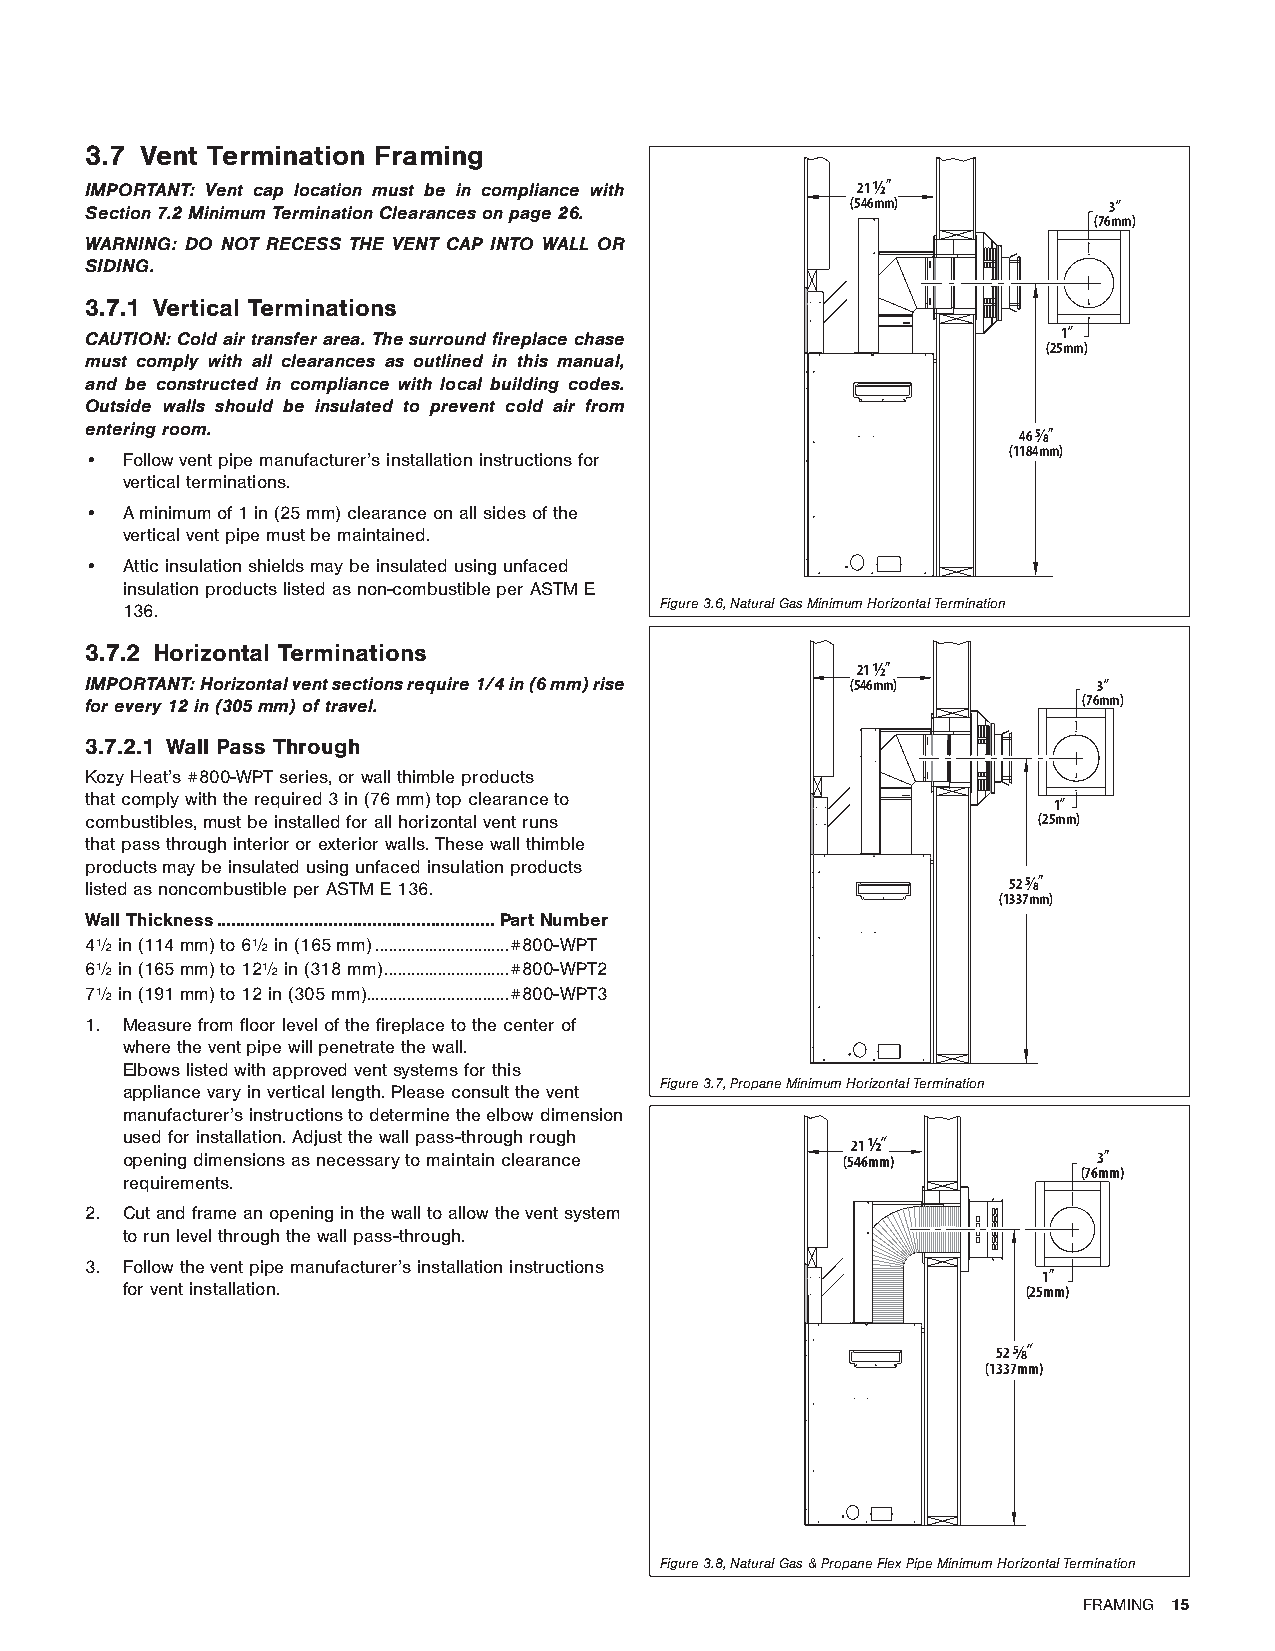
3.7 Vent Termination Framing
 IMPORTANT: Vent cap location must be in compliance with 21 ½”
 Section 7.2 Minimum Termination Clearances on page 26.
 (546mm)          3”
 (76mm)
 WARNING: DO NOT RECESS THE VENT CAP INTO WALL OR
 SIDING.
 3.7.1 Vertical Terminations
 CAUTION: Cold air transfer area. The surround fireplace chase   1”
 (25mm)
 must comply with all clearances as outlined in this manual,
 and be constructed in compliance with local building codes.
 Outside walls should be insulated to prevent cold air from
 entering room.                                               46 5⁄8”
 (1184mm)
 • Follow vent pipe manufacturer’s installation instructions for
 vertical terminations.
 • A minimum of 1 in (25 mm) clearance on all sides of the
 vertical vent pipe must be maintained.
 • Attic insulation shields may be insulated using unfaced
 insulation products listed as non-combustible per ASTM E
 136.                                Figure 3.6, Natural Gas Minimum Horizontal Termination
 3.7.2 Horizontal Terminations
 21 ½”
 IMPORTANT: Horizontal vent sections require 1/4 in (6 mm) rise (546mm) 3”
 for every 12 in (305 mm) of travel.                               (76mm)
 3.7.2.1 Wall Pass Through
 Kozy Heat’s #800-WPT series, or wall thimble products
 that comply with the required 3 in (76 mm) top clearance to     1”
 combustibles, must be installed for all horizontal vent runs   (25mm)
 that pass through interior or exterior walls. These wall thimble
 products may be insulated using unfaced insulation products
 listed as noncombustible per ASTM E 136.                     52 5⁄8”
 (1337mm)
 Wall Thickness .........................................................Part Number
 4½ in (114 mm) to 6½ in (165 mm) ..............................#800-WPT
 6½ in (165 mm) to 12½ in (318 mm) ............................#800-WPT2
 7½ in (191 mm) to 12 in (305 mm) ................................#800-WPT3
 1. Measure from floor level of the fireplace to the center of
 where the vent pipe will penetrate the wall.
 Elbows listed with approved vent systems for this
 Figure 3.7, Propane Minimum Horizontal Termination
 appliance vary in vertical length. Please consult the vent
 manufacturer’s instructions to determine the elbow dimension
 used for installation. Adjust the wall pass-through rough 21 ½”
 opening dimensions as necessary to maintain clearance (546mm)    3”
 (76mm)
 requirements.
 2. Cut and frame an opening in the wall to allow the vent system
 to run level through the wall pass-through.
 3. Follow the vent pipe manufacturer’s installation instructions
 1”
 for vent installation.                                      (25mm)
 52 5⁄8”
 (1337mm)
 Figure 3.8, Natural Gas & Propane Flex Pipe Minimum Horizontal Termination
 FRAMING 15